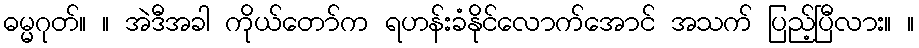
ဓမ္မဂုတ်။ ။ အဲဒီအခါ ကိုယ်တော်က ရဟန်းခံနိုင်လောက်အောင် အသက် ပြည့်ပြီလား။ ။